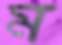
ম